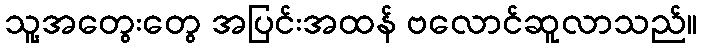
သူ့အတွေးတွေ အပြင်းအထန် ဗလောင်ဆူလာသည်။